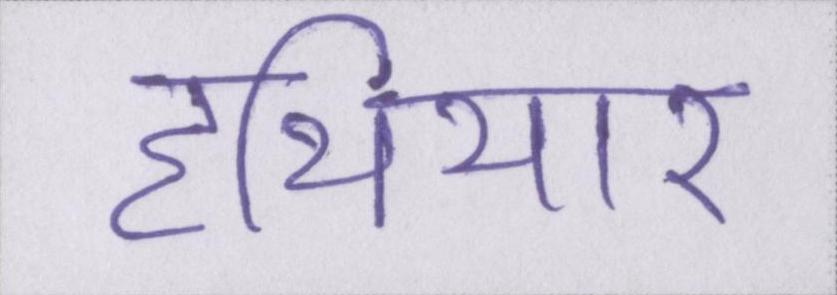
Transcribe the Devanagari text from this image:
हथियार